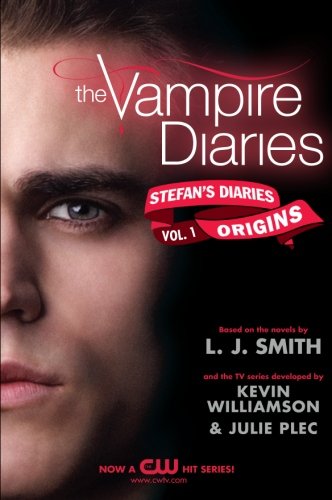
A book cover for Origins (The Vampire Diaries, Stefan's Diaries, Vol. 1); L. J. Smith; Teen & Young Adult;